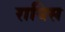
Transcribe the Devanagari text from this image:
रायिस